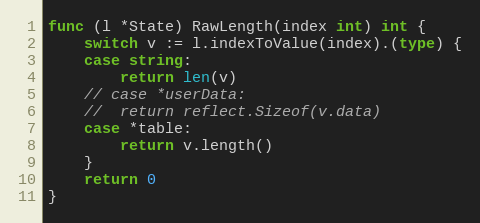
Language: Go
func (l *State) RawLength(index int) int {
	switch v := l.indexToValue(index).(type) {
	case string:
		return len(v)
	// case *userData:
	// 	return reflect.Sizeof(v.data)
	case *table:
		return v.length()
	}
	return 0
}